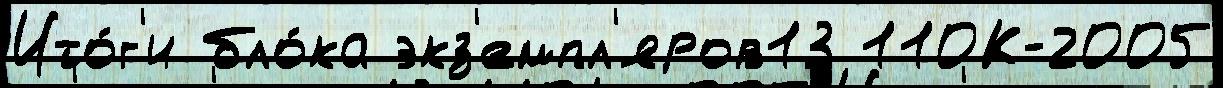
Ито́г'и бло́ка экз'емпл'яров13 110К-2005